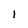
Character: l